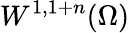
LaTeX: W^{1,1+n}(\Omega)